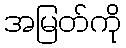
အမြတ်ကို